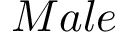
M a l e